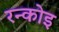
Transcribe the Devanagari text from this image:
रन्कोइ